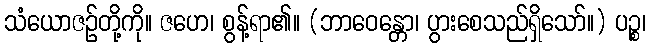
သံယောဇဉ်တို့ကို။ ဇဟေ၊ စွန့်ရာ၏။ (ဘာဝေန္တော၊ ပွားစေသည်ရှိသော်။) ပဉ္စ၊